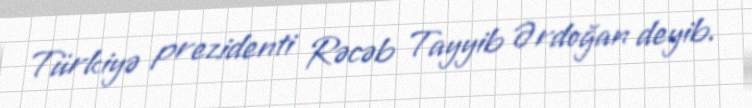
Türkiyə prezidenti Rəcəb Tayyib Ərdoğan deyib.